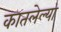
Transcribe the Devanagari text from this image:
कातलेल्या